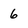
Character: 6